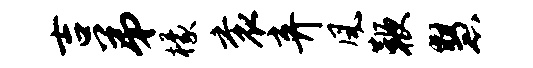
吉弟檬衮弃风鞭慧